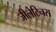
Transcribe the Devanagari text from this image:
जीलेटिनस